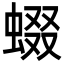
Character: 蝃